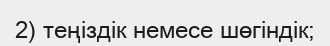
2) теңіздік немесе шөгіндік;